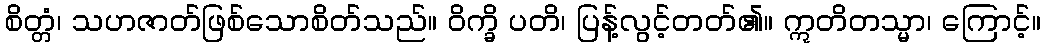
စိတ္တံ၊ သဟဇာတ်ဖြစ်သောစိတ်သည်။ ဝိက္ခိ ပတိ၊ ပြန့်လွင့်တတ်၏။ ဣတိတသ္မာ၊ ကြောင့်။